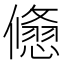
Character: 𠐃